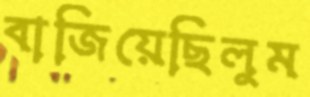
বাজিয়েছিলুম